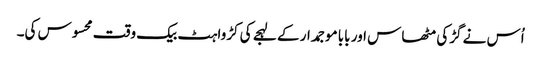
اُس نے گڑکی مٹھاس اور بابا موجمدار کے لہجے کی کڑواہٹ بیک وقت محسوس کی۔